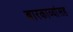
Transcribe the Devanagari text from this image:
बारकाव्यांसह